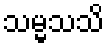
သမ္မသသိ